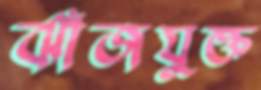
ঝাঁজযুক্ত